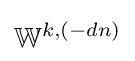
\mathbb {W} ^{k,(-dn)}